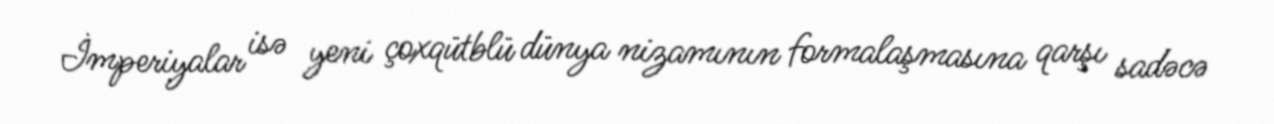
İmperiyalar isə yeni çoxqütblü dünya nizamının formalaşmasına qarşı sadəcə